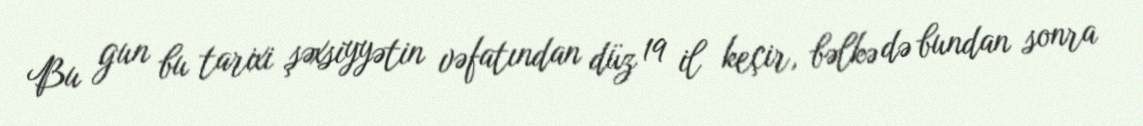
Bu gun bu tarixi şəxsiyyətin vəfatından düz 19 il keçir, bəlkə də bundan sonra